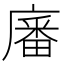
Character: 㢖